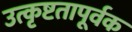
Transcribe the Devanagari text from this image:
उत्कृष्टतापूर्वक